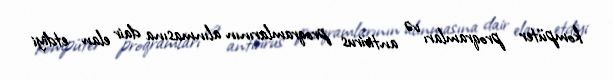
kompüter proqramları və antivirus proqramlarının alınmasına dair elan etdiyi